Lunatic asylums United Prov. 1922-30 - 1922-1930
Year: 1922
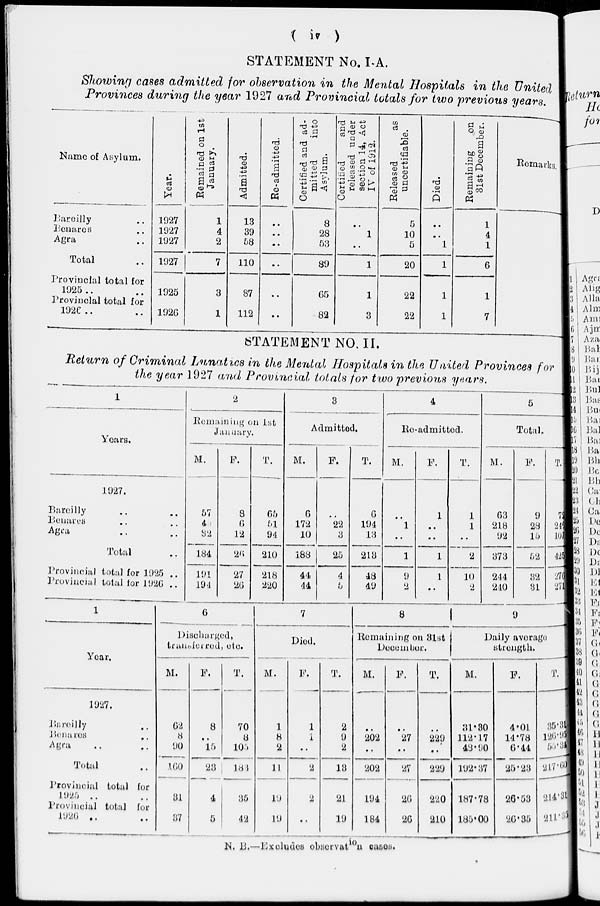
( iv )
STATEMENT No. I-A.
Showing cases admitted for observation in the Mental Hospitals in the United
Provinces during the year 1927 and Provincial totals for two previous years.
Name of Asylum.
Bareilly ..
Benares ..
Agra ..
Total ..
Provincial total for
1925.. ..
Provincial total for
1926 .. ..
Year.
1927
1927
1927
1927
1925
1926
Remained on 1st
January.
1
4
2
7
3
1
Admitted.
13
39
58
110
87
112
Re-admitted.
..
..
..
..
..
..
Certified and ad-
mitted
into
Asylum.
8
28
53
89
65
82
Certitied
and
released under
section 14, Act
IV of 1912.
..
1
..
1
1
3
Released
as
uncertifiable.
5
10
5
20
22
22
Died.
..
..
1
1
1
1
Remaining
on
31st December.
1
4
1
6
1
7
Remarks.
STATEMENT NO. II.
Return of Criminal Lunatics in the Mental Hospitals in the United Provinces for
the year 1927 and Provincial totals for two previous years.
1
Years.
1927.
Bareilly .. ..
Benares .. ..
Agra .. ..
Total ..
Provincial total for 1925 ..
Provincial total for 1926 ..
2
Remaining on 1st
January.
M.
57
45
82
184
191
194
F.
8
6
12
26
27
26
T.
65
51
94
210
218
220
3
Admitted.
M.
6
172
10
188
44
44
F.
..
22
3
25
4
5
T.
6
194
13
213
48
49
4
Re-admitted.
M.
..
1
..
1
9
2
F.
1
..
..
1
1
..
T.
1
1
..
2
10
2
5
Total.
M.
63
218
92
373
244
240
F.
9
28
15
52
32
31
T.
72
246
107
425
276
271
1
Year.
1927.
Bareilly ..
Benares ..
Agra .. ..
Total
Provincial total for
1925 .. ..
Provincial total for
1926 .. ..
6
Discharged,
transferred, etc.
M.
F.
T.
7
Died.
M.
F.
T.
8
Remaining on 31st
December.
M.
F.
T.
9
Daily average
strength.
M.
F.
T.
62
8
90
160
31
37
8
..
15
23
4
5
70
8
105
183
35
42
1
8
2
11
19
19
1
1
..
2
2
..
2
9
2
13
21
19
..
202
..
202
194
184
..
27
..
27
26
26
..
229
..
229
220
210
31.30
112.17
48.90
192.37
187.78
185.00
4.01
14.78
6.44
25.23
26.53
26.35
35.31
126.95
55.34
217.60
214.31
211.35
N. B.—Excludes observation cases.